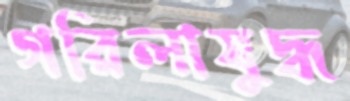
গরিলাযুদ্ধ